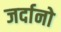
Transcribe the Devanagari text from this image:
जर्दानो